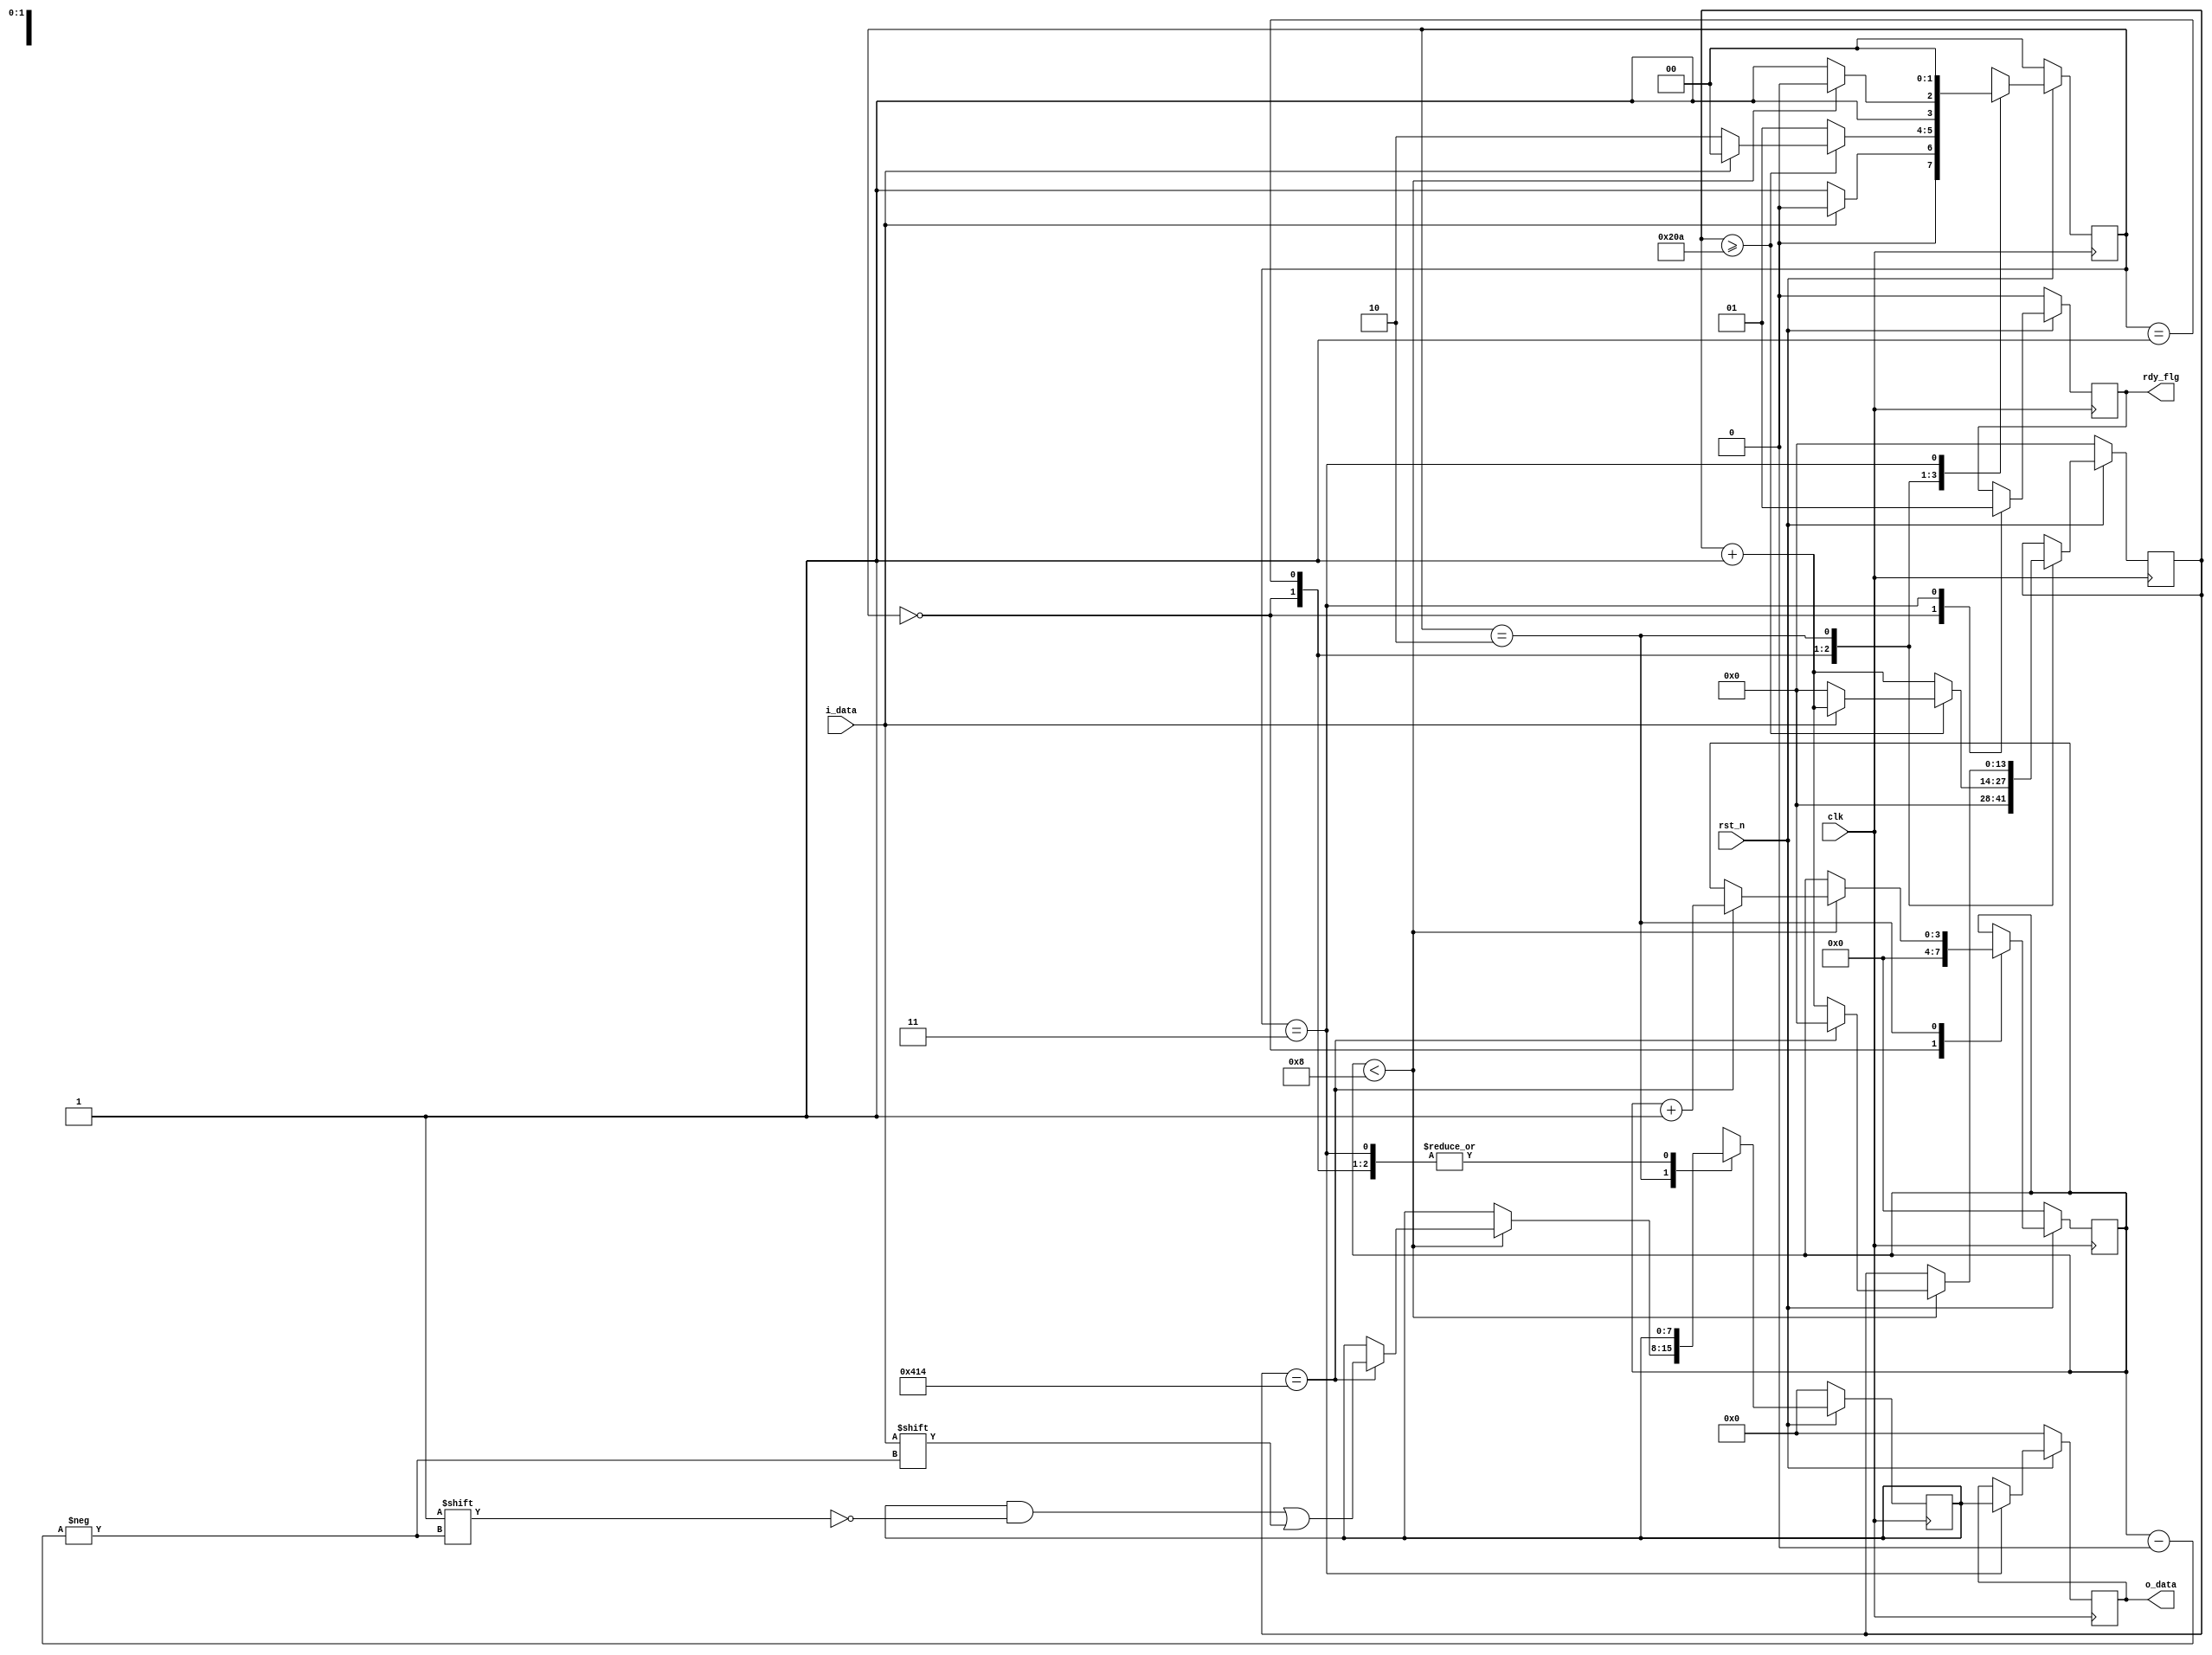
`timescale 1ns / 1ps
//////////////////////////////////////////////////////////////////////////////////
// 
// Design Name: UART
// Tool Versions: Vivado 2020.2
// Description: 
// 
// Dependencies: 
// 
// Revision:
// Revision 0.01 - File Created
// Additional Comments: 
// 
//      clk frequency       = 22.580647 MHz
//      baud rate           = 31.250 Kbs
//      clk cycles per bit  = 722.581
//      sample point        = 361.29
// 
//      clk frequency       = 32.653061 MHz
//      baud rate           = 31.250 Kbs
//      clk cycles per bit  = 1044
//      sample point        = 522.5
// 
//////////////////////////////////////////////////////////////////////////////////
module uart_rx # (
    parameter LSB_FIRST = 1
    )(
    input   wire            clk,            //clock signal
    input   wire            rst_n,            //reset line
    input   wire            i_data,         //incoming serial data line
    output  reg     [7:0]   o_data,         //output 8 bit data register
    output  wire            rdy_flg         //register ready to be read
    );
    
    localparam  SAMPLE_POINT    = 522;              //number of clock cycles until sample point
    localparam  BIT_COUNT       = 2*SAMPLE_POINT;   //number of clock cycles in one UART bit
    localparam  NUM_BITS        = 8;                //number of bits in UART word
    
    localparam  s_IDLE          = 2'b00;    //IDLE state, waiting to receive new data
    localparam  s_START         = 2'b01;    //START state, verify that start bit is valid
    localparam  s_RX            = 2'b10;    //RX state, receive data 
    localparam  s_DONE          = 2'b11;    //DONE state, wait for data to be read
    
    reg [NUM_BITS-1:0]  data;               //register to hold recieved data
    reg [1:0]           state;              //register to hold current state
    reg [13:0]          bit_cnt;            //counter to count clock cycles per bit
    reg [3:0]           bits_rx;            //counter to count number of bits received
    reg                 rdy;                //receive complete and ready to be read
    
    assign  rdy_flg = rdy;
    
    always @(posedge clk) begin
        if(~rst_n) begin
            state   <= s_IDLE;
            data    <= 0;
            bit_cnt <= 0;
            bits_rx <= 0;
            rdy     <= 0;
            o_data  <= 0;
        end

        else begin
            case(state) 
                s_IDLE : begin
                    bit_cnt <= 0;
                    bits_rx <= 0;
                    rdy     <= 0;
                    if(~i_data)
                        state   <= s_START;
                    else
                        state   <= s_IDLE;
                end

                s_START : begin
                    bit_cnt <= bit_cnt+1;
                    state   <= s_START;

                    if(bit_cnt >= SAMPLE_POINT) begin
                        if(~i_data) begin
                            state   <= s_RX;
                            bit_cnt <= 0;
                        end

                        else begin
                            state   <= s_IDLE;
                        end
                    end
                end
                
                s_RX : begin
                    state   <= s_RX;
                    if(bits_rx < NUM_BITS) begin

                        if(bit_cnt==BIT_COUNT) begin
                            if (LSB_FIRST == 1) begin
                                data[bits_rx]   <= i_data;
                            end

                            else if (LSB_FIRST == 0) begin
                                data[(NUM_BITS-1)-bits_rx] <= i_data;
                            end

                            bit_cnt         <= 0;
                            bits_rx         <= bits_rx+1;
                        end

                        else begin
                            bit_cnt <= bit_cnt+1;
                        end
                    end

                    else begin
                        state   <= s_DONE;
                    end
                end

                s_DONE : begin
                    rdy     <= 1;
                    o_data  <= data;
                    state   <= s_IDLE;
                end

                 default : state <= s_IDLE;
            endcase
        end
    end
    
   endmodule